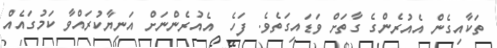
ތަކާއިގެން އެއުރެންގެ ގާތަށް ވަޑައިގަތެވެ. ފަހެ  އެއުރެންނަށް އަނިޔާކުރައްވާ ކަމުގައެއް